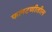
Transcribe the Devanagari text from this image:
फलटणीतील